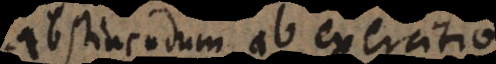
abstinendum ab exercitio